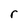
Character: r